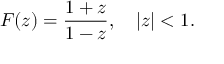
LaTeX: F ( z ) = { \frac { 1 + z } { 1 - z } } , \quad | z | < 1 .